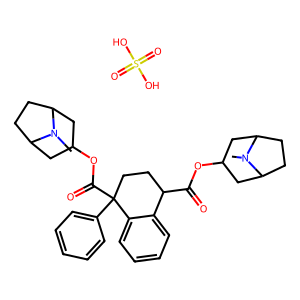
SMILES: CN1C2CCC1CC(OC(=O)C1CCC(C(=O)OC3CC4CCC(C3)N4C)(c3ccccc3)c3ccccc31)C2.O=S(=O)(O)O
Inhibits HIV replication: No